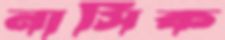
নাসিক